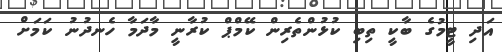
އަދި ޓީމުގެ ބާކީ ތިބި ކުޅުންތެރިން ކޭމްޕް ކުރާނީ މާދަމާ ހެނދުނު ކަމަށް